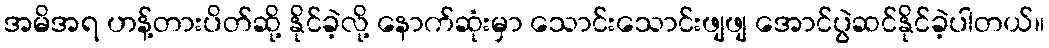
အမိအရ ဟန့်တားပိတ်ဆို့ နိုင်ခဲ့လို့ နောက်ဆုံးမှာ သောင်းသောင်းဖျဖျ အောင်ပွဲဆင်နိုင်ခဲ့ပါတယ်။